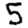
Digit: 5